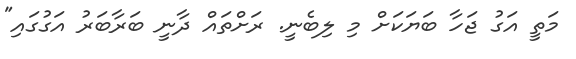
މަތީ އަގު ޖަހާ ބަޔަކަށް މި ލިބެނީ. ރަށްތައް ދާނީ ބަރާބަރު އަގުގައި"